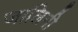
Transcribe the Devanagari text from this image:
जालिनी